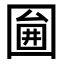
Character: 𡈇